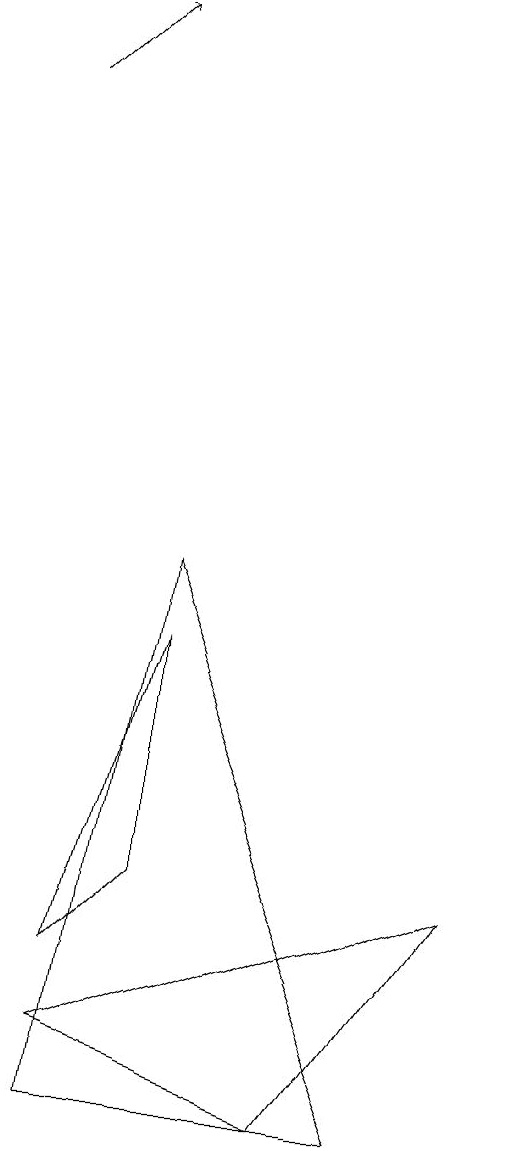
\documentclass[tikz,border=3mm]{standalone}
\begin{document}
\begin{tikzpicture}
\draw (2,8) -- (1,1) -- (5,1) -- cycle;
\draw (1,3) -- (2,7) -- (2,4) -- cycle;
\draw (4,1) -- (6,4) -- (1,2) -- cycle;
\draw[->] (0,14) -- (1,15);
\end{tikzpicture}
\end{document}